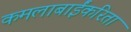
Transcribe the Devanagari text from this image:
कमलाबाईंकरिता